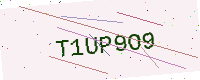
Text: T1UP9O9